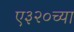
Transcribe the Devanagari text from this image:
ए३२०च्या